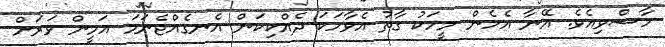
ހާސްވިއެވެ. އޭނާ އެހެން މީހަކު ގާތު އެވާހަކަ ދެއްކިކަން އެނގެއްޖެނަމަ އަމީން ވަރަށް